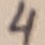
Text: 4